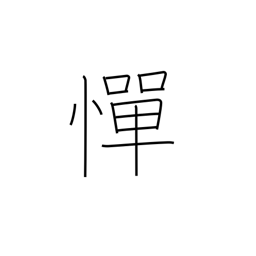
Meaning: hesitate